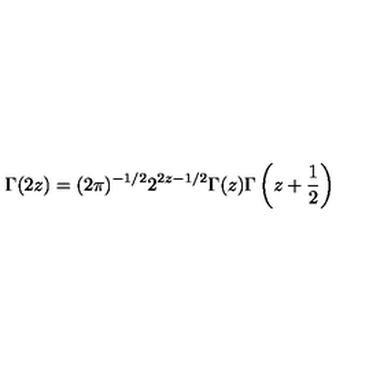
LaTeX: \Gamma ( 2 z ) = ( 2 \pi ) ^ { - 1 / 2 } 2 ^ { 2 z - 1 / 2 } \Gamma ( z ) \Gamma \left( z + \frac { 1 } { 2 } \right)